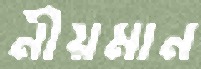
নীয়মান